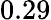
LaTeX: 0.29